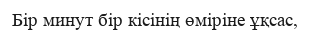
Бір минут бір кісінің өміріне ұқсас,